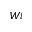
W i